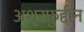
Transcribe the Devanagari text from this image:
अशरफुद्दीन